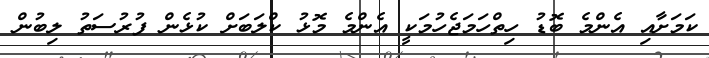
ކަމަށާއި އެންމެ ބޮޑު ހިތްހަމަޖެހުމަކީ އެންމެ މޮޅު ކްލަބަށް ކުޅެން ފުރުސަތު ލިބުން